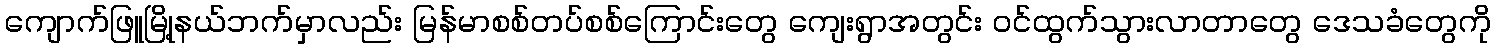
ကျောက်ဖြူမြို့နယ်ဘက်မှာလည်း မြန်မာစစ်တပ်စစ်ကြောင်းတွေ ကျေးရွာအတွင်း ဝင်ထွက်သွားလာတာတွေ ဒေသခံတွေကို